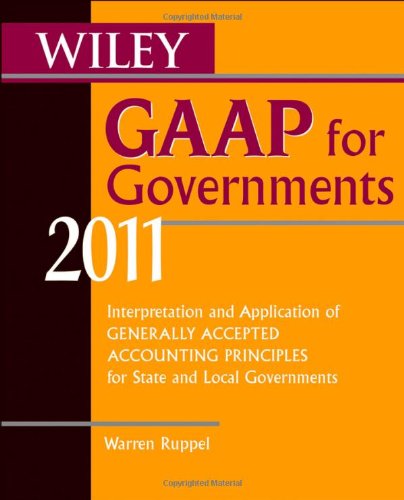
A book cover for Wiley GAAP for Governments 2011: Interpretation and Application of Generally Accepted Accounting Principles for State and Local Governments; Warren Ruppel; Business & Money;